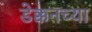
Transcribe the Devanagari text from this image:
डेक्कनच्या